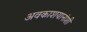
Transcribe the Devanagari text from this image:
अवकाशयानांशी